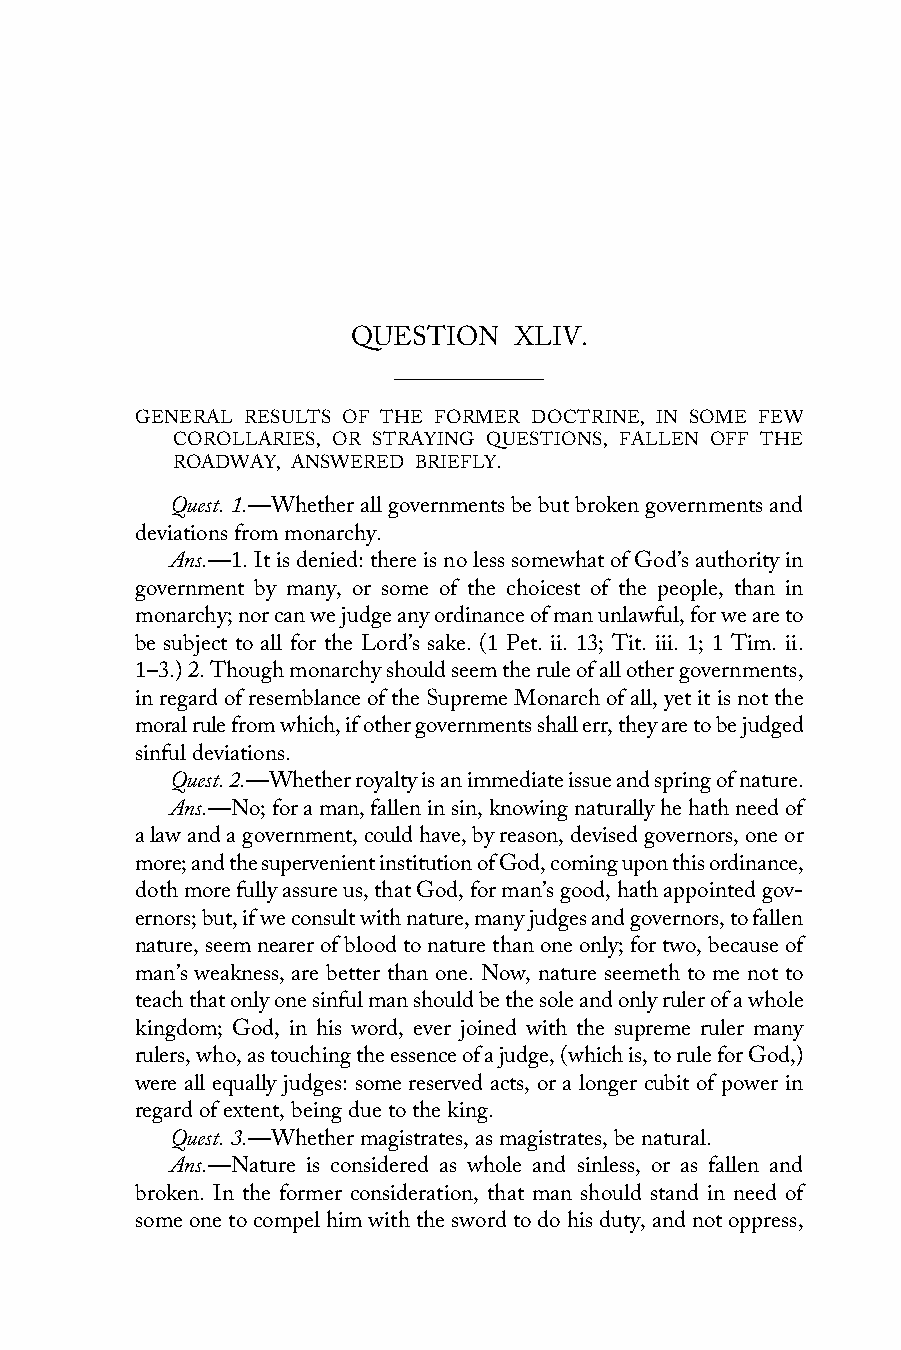
QUESTION   XLIV.
 GENERAL RESULTS OF THE FORMER DOCTRINE, IN SOME FEW
 COROLLARIES, OR STRAYING QUESTIONS, FALLEN OFF THE
 ROADWAY, ANSWERED BRIEFLY.
 Quest. 1.—Whether all governments be but broken governments and
 deviations from monarchy.
 Ans.—1. It is denied: there is no less somewhat of God’s authority in
 government by many, or some of the choicest of the people, than in
 monarchy; nor can we judge any ordinance of man unlawful, for we are to
 be subject to all for the Lord’s sake. (1 Pet. ii. 13; Tit. iii. 1; 1 Tim. ii.
 1–3.) 2. Though monarchy should seem the rule of all other governments,
 in regard of resemblance of the Supreme Monarch of all, yet it is not the
 moral rule from which, if other governments shall err, they are to be judged
 sinful deviations.
 Quest. 2.—Whether royalty is an immediate issue and spring of nature.
 Ans.—No; for a man, fallen in sin, knowing naturally he hath need of
 a law and a government, could have, by reason, devised governors, one or
 more; and the supervenient institution of God, coming upon this ordinance,
 doth more fully assure us, that God, for man’s good, hath appointed gov-
 ernors; but, if we consult with nature, many judges and governors, to fallen
 nature, seem nearer of blood to nature than one only; for two, because of
 man’s weakness, are better than one. Now, nature seemeth to me not to
 teach that only one sinful man should be the sole and only ruler of a whole
 kingdom; God, in his word, ever joined with the supreme ruler many
 rulers, who, as touching the essence of a judge, (which is, to rule for God,)
 were all equally judges: some reserved acts, or a longer cubit of power in
 regard of extent, being due to the king.
 Quest. 3.—Whether magistrates, as magistrates, be natural.
 Ans.—Nature is considered as whole and sinless, or as fallen and
 broken. In the former consideration, that man should stand in need of
 some one to compel him with the sword to do his duty, and not oppress,